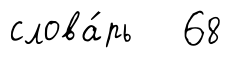
слова́рь 68